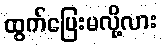
ထွက်ပြေးမလို့လား